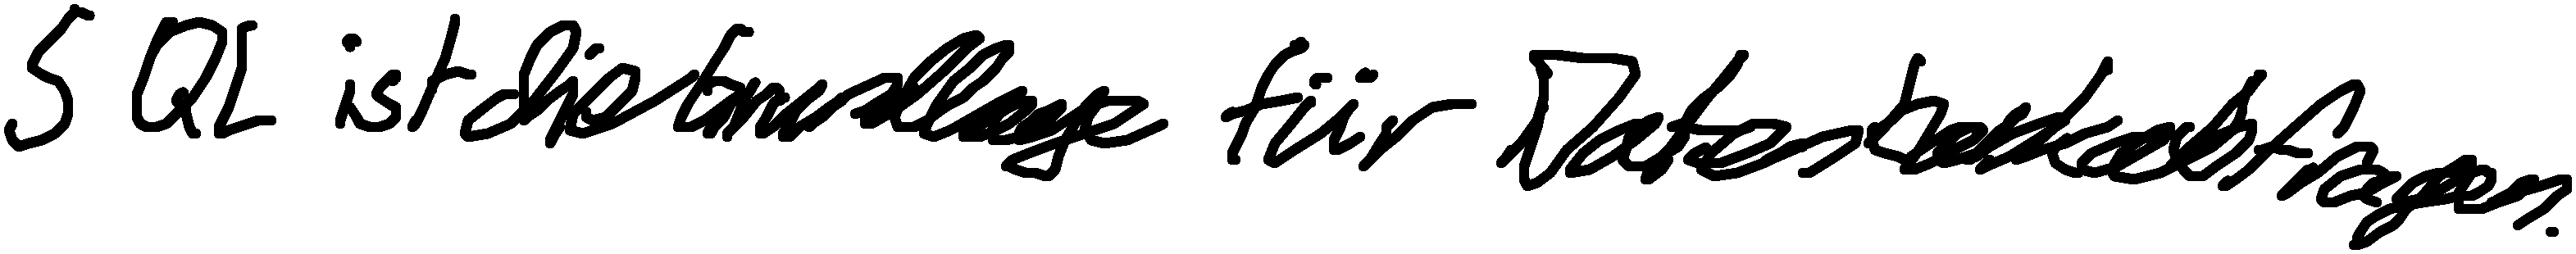
SQL ist die Grundlage für Datenbankabfragen.